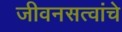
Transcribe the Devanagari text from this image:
जीवनसत्वांचे